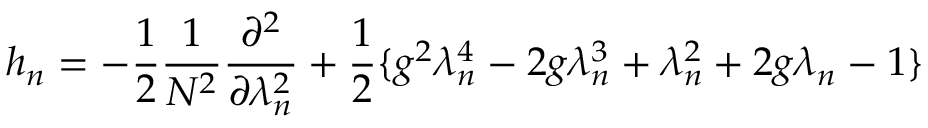
h _ { n } = - \frac { 1 } { 2 } \frac { 1 } { N ^ { 2 } } \frac { \partial ^ { 2 } } { \partial \lambda _ { n } ^ { 2 } } + \frac { 1 } { 2 } \{ g ^ { 2 } \lambda _ { n } ^ { 4 } - 2 g \lambda _ { n } ^ { 3 } + \lambda _ { n } ^ { 2 } + 2 g \lambda _ { n } - 1 \}